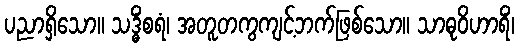
ပညာရှိသော။ သဒ္ဓိံစရံ၊ အတူတကွကျင့်ဘက်ဖြစ်သော။ သာဓုဝိဟာရိံ၊